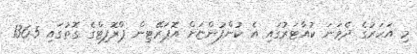
މި އަހަރުގެ ދެވަނަ ކުއާޓަރުގައި އެ ކުންފުންޏަށް އޮޕަރޭޓިން ޕްރޮފިޓްގެ ގޮތުގައި 136.5